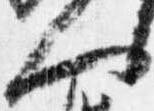
人